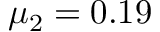
\mu _ { 2 } = 0 . 1 9